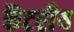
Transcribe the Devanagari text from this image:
कैंटरीय